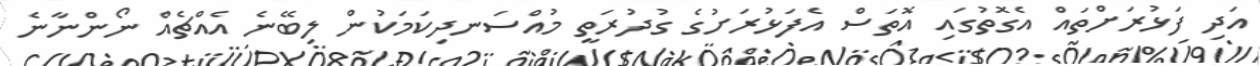
އަދި ފަޅުރަށްތައް އެގޮތުގައި އޮތަސް އެފަޅުރަށުގެ ގުދުރަތީ މުއްސަނދިކަމަކުން ލިބޭނެ އެއްޗެއް ނޯންނާނެ